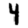
Digit: 4